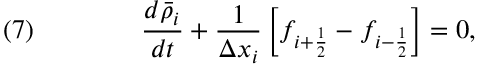
\quad ( 7 ) \qquad \qquad { \frac { d { \bar { \rho } } _ { i } } { d t } } + { \frac { 1 } { \Delta x _ { i } } } \left[ f _ { i + { \frac { 1 } { 2 } } } - f _ { i - { \frac { 1 } { 2 } } } \right] = 0 ,